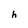
Character: h